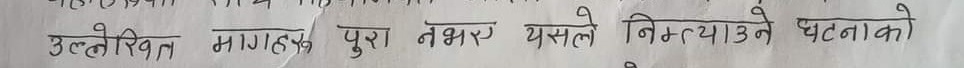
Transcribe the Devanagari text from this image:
उत्लेखित मागहरू पुरा नभए यसले निम्त्याउने घटनाको